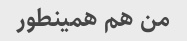
من هم همینطور